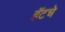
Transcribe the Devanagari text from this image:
हॅटचे